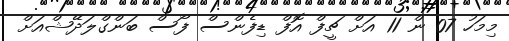
މިމަހު 07 ން 11 އަށް ޗީފް އޮފް ޑިފެންސް ފޯސް ބަންގްލަދޭޝްއަށް